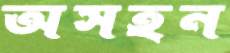
অসহন